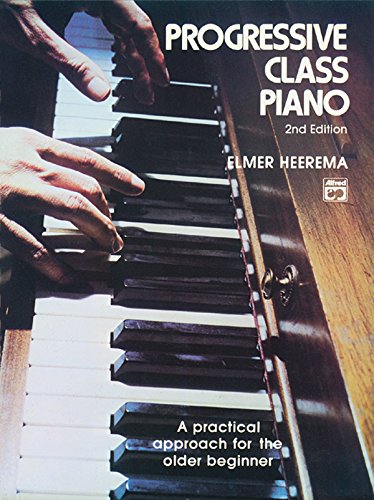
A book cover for Progressive Class Piano, Second Edition; Elmer Heerema; Arts & Photography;